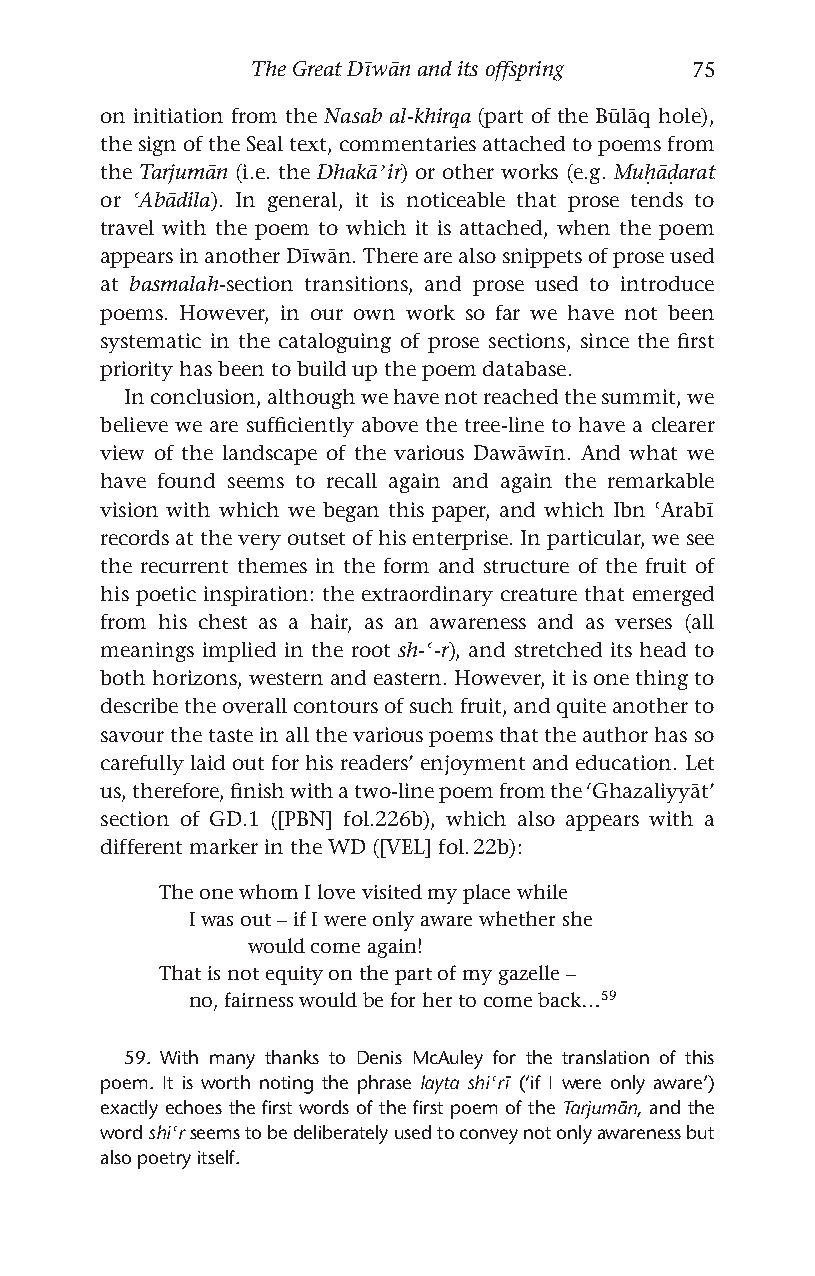
The Great Dīwān and its offspring 75
 on initiation from the Nasab al-khirqa (part of the Būlāq hole),
 the sign of the Seal text, commentaries attached to poems from
 the Tarjumān (i.e. the Dhakāʾir) or other works (e.g. Muḥāḍarat
 or ʿAbādila). In general, it is noticeable that prose tends to
 travel with the poem to which it is attached, when the poem
 appears in another Dīwān. There are also snippets of prose used
 at basmalah-section transitions, and prose used to introduce
 poems. However, in our own work so far we have not been
 systematic in the cataloguing of prose sections, since the first
 priority has been to build up the poem database.
 In conclusion, although we have not reached the summit, we
 believe we are sufficiently above the tree-line to have a clearer
 view of the landscape of the various Dawāwīn. And what we
 have found seems to recall again and again the remarkable
 vision with which we began this paper, and which Ibn ʿArabī
 records at the very outset of his enterprise. In particular, we see
 the recurrent themes in the form and structure of the fruit of
 his poetic inspiration: the extraordinary creature that emerged
 from his chest as a hair, as an awareness and as verses (all
 meanings implied in the root sh-ʿ-r), and stretched its head to
 both horizons, western and eastern. However, it is one thing to
 describe the overall contours of such fruit, and quite another to
 savour the taste in all the various poems that the author has so
 carefully laid out for his readers’ enjoyment and education. Let
 us, therefore, finish with a two-line poem from the ‘Ghazaliyyāt’
 section of GD.1 ([PBN] fol.226b), which also appears with a
 different marker in the WD ([VEL] fol. 22b):
 The one whom I love visited my place while
 I was out – if I were only aware whether she
 would come again!
 That is not equity on the part of my gazelle –
 no, fairness would be for her to come back…59
 59. With many thanks to Denis McAuley for the translation of this
 poem. It is worth noting the phrase layta shiʿrī (‘if I were only aware’)
 exactly echoes the first words of the first poem of the Tarjumān, and the
 word shiʿr seems to be deliberately used to convey not only awareness but
 also poetry itself.